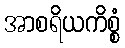
အာစရိယကိစ္စံ